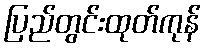
ပြည်တွင်းထုတ်ကုန်